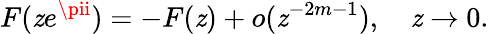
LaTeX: F(\mathit{z}e^{\pii})=-F(\mathit{z})+o(\mathit{z}^{-2m-1}),\quad\mathit{z}\to0.